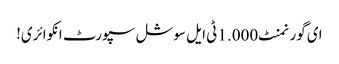
ای گورنمنٹ 1.000 ٹی ایل سوشل سپورٹ انکوائری!